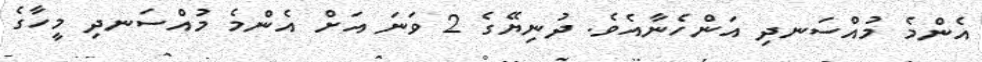
އެންމެ މުއްސަނދި އަންހެނާއެވެ. ދުނިޔޭގެ 2 ވަނަ އަށް އެންމެ މުއްސަނދި މީހާގެ